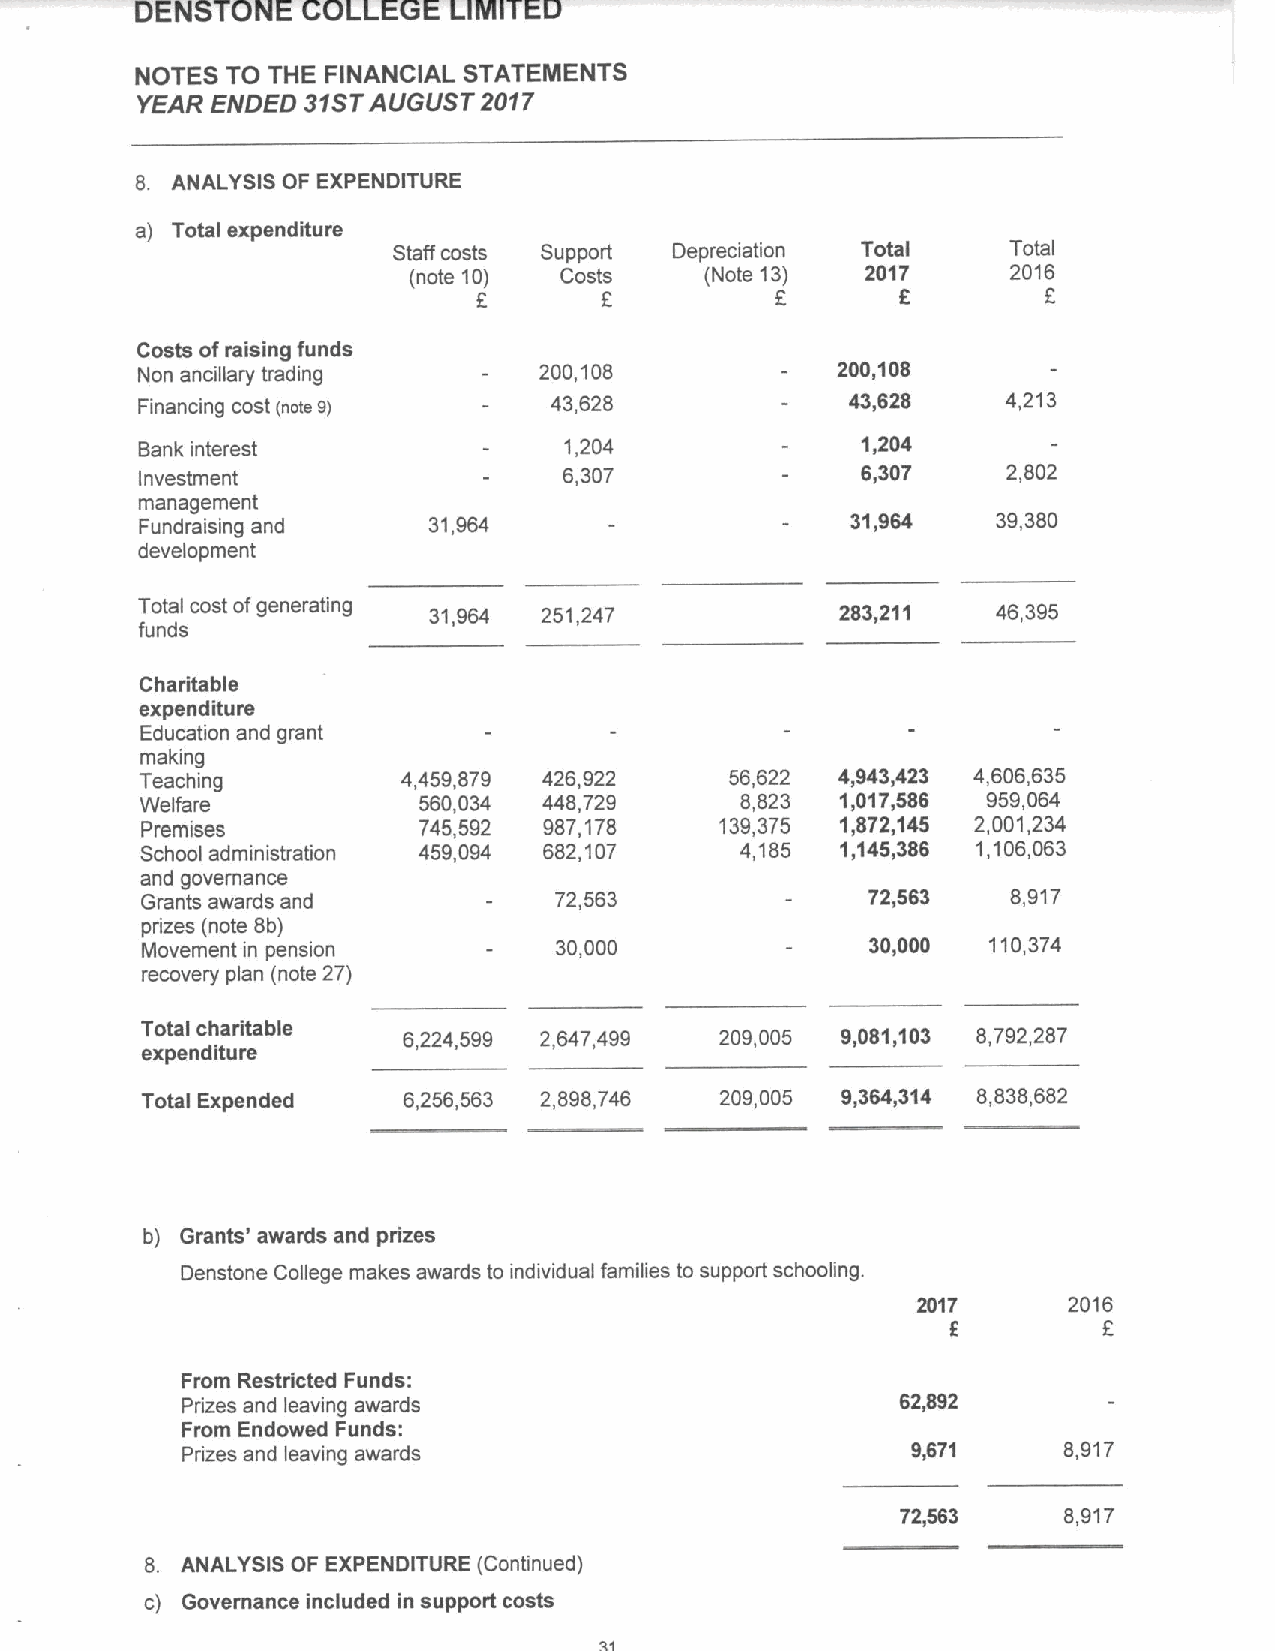
DENSTONE   COLLEGE   LIMITED
 NOTES TO THE FINANCIAL STATENIENTS
 YEAR ENDED 31STAUGUST  2017
 8. ANALYSIS OF EXPENDITURE
 a) Total expenditure
 Staff costs Support Depreciation Total   Total
 (note 10) Costs     (Note 13) 2017      2016
 f       f          f.
 Costs ofraising funds
 Non ancillary trading      200,108            200,108
 Financing cost (note 9)    43,628              43,628     4,213
 Bank interest               1,204               1,204
 Investment                  6,307               6,307     2,802
 management
 Fundraising and    31,964                      31,964    39,380
 development
 Total cost ofgenerating 31,964 251,247         283,211   46,395
 funds
 Charitable
 expenditure
 Education and grant
 making
 Teaching          4,459,879 426,922    56,622  4,943,423 4,606,635
 Welfare            560,034 448,729      8,823  1,017,586 959,064
 Premises           745,592 987,178     139,375 1,872,145 2,001,234
 School administration 459,094 682,107   4,185  1,145,386 1,106,063
 and governance
 Grants awards and           72,563               72,563   8,917
 prizes (note Sb)
 Movement in pension         30,000               30,000 110,374
 recovery plan (note 27)
 Total charitable  6,224,599 2,647,499  209,005 9,081,103 8,792,287
 expenditure
 Total Expended    6,256,563 2,898,746  209,005 9,364,314 8,838,682
 b) Grants' awards and prizes
 Denstone College makes awards to individual families to support schooling.
 2017      2016
 f
 From Restricted Funds:
 Prizes and leaving awards                       62,892
 From Endowed Funds:
 Prizes and leaving awards                       9,671     8,917
 72,563    8,917
 8. ANALYSIS OF EXPENDITURE (Continued)
 c) Governance included in support costs